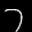
Label: 7